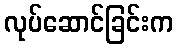
လုပ်ဆောင်ခြင်းက